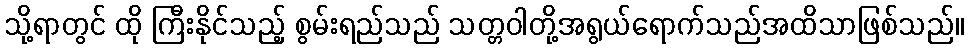
သို့ရာတွင် ထို ကြီးနိုင်သည့် စွမ်းရည်သည် သတ္တဝါတို့အရွယ်ရောက်သည်အထိသာဖြစ်သည်။